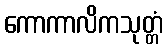
ကောကာလိကသုတ္တံ